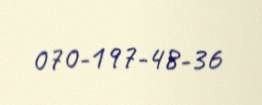
070-197-48-36